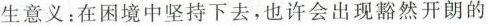
生意义：在困境中坚持下去，也许会出现豁然开朗的